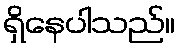
ရှိနေပါသည်။